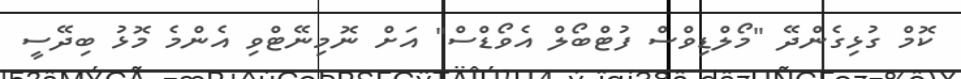
ކޮމް ގުޅިގެންދޭ "މޯލްޑިވްސް ފުޓްބޯލް އެވޯޑްސް" އަށް ނޮމިނޭޓްވި އެންމެ މޮޅު ބިދޭސީ